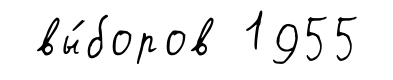
вы́боров 1955